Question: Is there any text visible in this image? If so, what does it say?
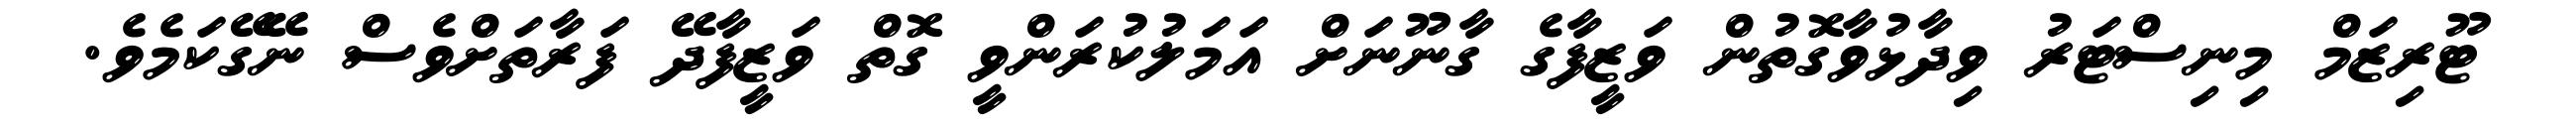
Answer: ޓޫރިޒަމް މިނިސްޓަރު ވިދާޅުވާގޮތުން ވަޒީފާގެ ގާނޫނަށް އަމަލުކުރަންވީ ގޮތް ވަޒީފާދޭ ފަރާތަށްވެސް ނޭގޭކަމެވެ.